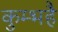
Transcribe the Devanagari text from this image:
कुम्भहै